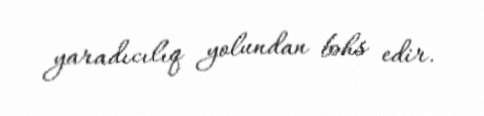
yaradıcılıq yolundan bəhs edir.